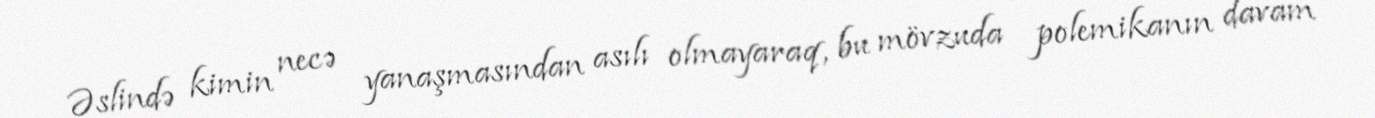
Əslində kimin necə yanaşmasından asılı olmayaraq, bu mövzuda polemikanın davam